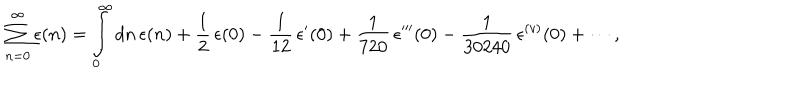
\sum _ { n = 0 } ^ { \infty } \epsilon ( n ) = \int _ { 0 } ^ { \infty } { d n } \, \epsilon ( n ) + { \frac { 1 } { 2 } } \, \epsilon ( 0 ) - { \frac { 1 } { 1 2 } } \, \epsilon ^ { \prime } ( 0 ) + { \frac { 1 } { 7 2 0 } } \, \epsilon ^ { \prime \prime \prime } ( 0 ) - { \frac { 1 } { 3 0 2 4 0 } } \, \epsilon ^ { ( v ) } ( 0 ) + \cdots ,